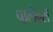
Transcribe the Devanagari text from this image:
पालेन्स